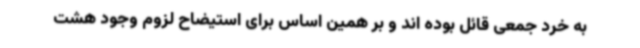
به خرد جمعی قائل بوده اند و بر همین اساس برای استیضاح لزوم وجود هشت